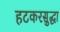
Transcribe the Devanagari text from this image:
हटकरसुद्धा